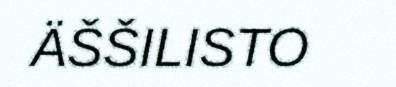
ÄŠŠILISTO